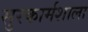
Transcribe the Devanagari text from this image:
सुरकार्मशाला